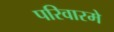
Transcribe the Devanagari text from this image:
परिवारमे